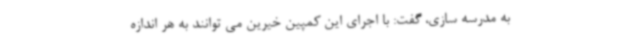
به مدرسه سازی، گفت: با اجرای این کمپین خیرین می توانند به هر اندازه